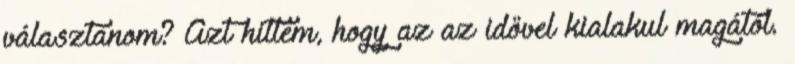
választanom? Azt hittem, hogy az az idővel kialakul magától.